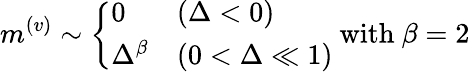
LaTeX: m^{(v)}\sim\left\{ \begin{array}{ll}{0}&{(\Delta<0)}\\ {\Delta^{\beta}}&{(0<\Delta\ll 1)}\end{array}\right.\ \mathrm{with}\ \beta=2